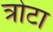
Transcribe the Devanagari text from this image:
त्रोटा